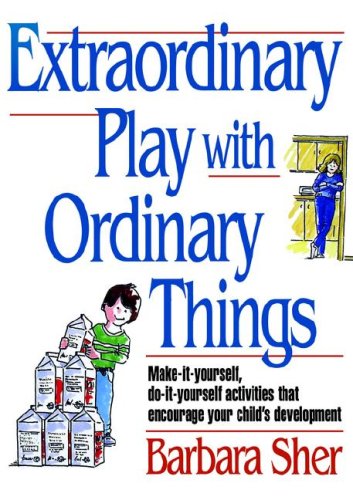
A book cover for Extraordinary Play with Ordinary Things (Homegrown); Barbara Sher; Science & Math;